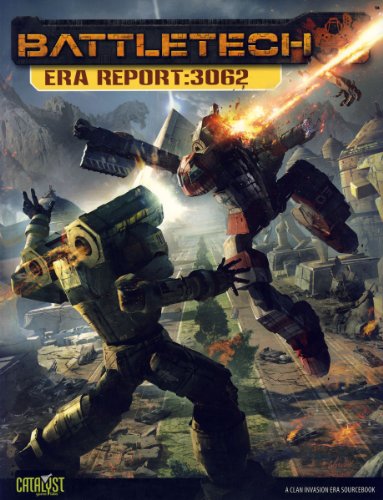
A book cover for Battletech Era Report 3062 (Clan Invasion Era Sourcebooks); Herbert A., II Beas; Science Fiction & Fantasy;